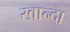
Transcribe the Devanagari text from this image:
खान्दा